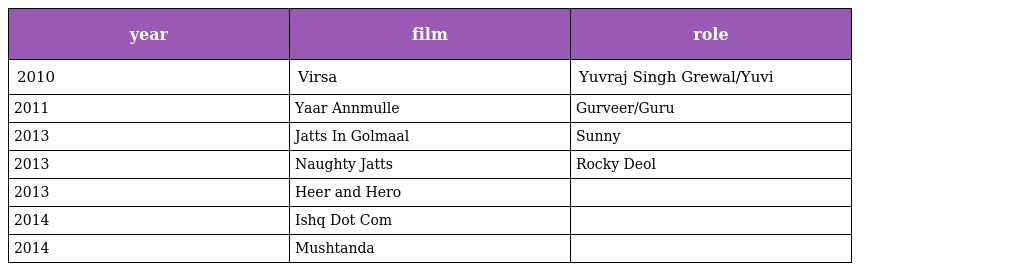
| year | film | role |
 | --- | --- | --- |
 | 2010 | Virsa | Yuvraj Singh Grewal/Yuvi |
 | 2011 | Yaar Annmulle | Gurveer/Guru |
 | 2013 | Jatts In Golmaal | Sunny |
 | 2013 | Naughty Jatts | Rocky Deol |
 | 2013 | Heer and Hero |  |
 | 2014 | Ishq Dot Com |  |
 | 2014 | Mushtanda |  |